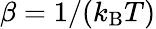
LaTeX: \beta=1/(k_{\mathrm{B}}T)